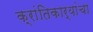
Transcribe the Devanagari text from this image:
क्रांतिकार्यांचा